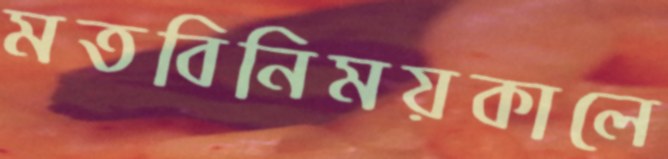
মতবিনিময়কালে